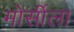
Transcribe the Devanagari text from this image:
मोर्सीला